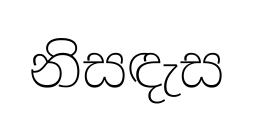
නිසඳැස